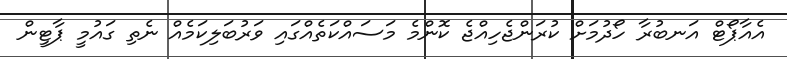
އެއާޕޯޓް އަނބުރާ ހޯދުމަށް ކުރަންޖެހިއްޖެ ކޮންމެ މަސައްކަތެއްގައި ވަރުބަލިކަމެއް ނެތި ގައުމީ ޕާޓީން